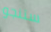
ستنجو